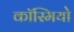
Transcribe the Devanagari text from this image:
कॉस्मियो